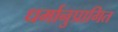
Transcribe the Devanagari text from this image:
धर्मानुप्रागित